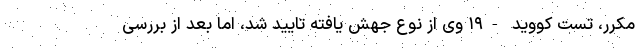
مکرر، تست کووید -۱۹ وی از نوع جهش یافته تایید شد، اما بعد از بررسی